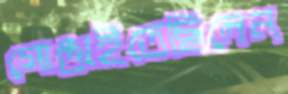
গোঙাইতেছিলেন